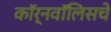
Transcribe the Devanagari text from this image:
कॉर्नवॉलिसचे